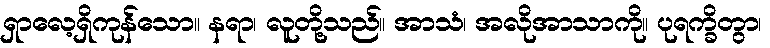
ရှာလေ့ရှိကုန်သော။ နရာ၊ လူတို့သည်။ အာသံ၊ အလိုအာသာကို။ ပုရက္ခိတွာ၊